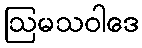
ဩမသဝါဒေ